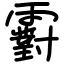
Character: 䨴